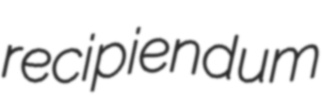
recipiendum